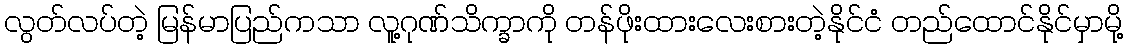
လွတ်လပ်တဲ့ မြန်မာပြည်ကသာ လူ့ဂုဏ်သိက္ခာကို တန်ဖိုးထားလေးစားတဲ့နိုင်ငံ တည်ထောင်နိုင်မှာမို့